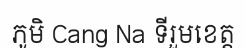
ភូមិ Cang Na ទីរួមខេត្ត